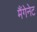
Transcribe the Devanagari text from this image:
मैंगेनेट